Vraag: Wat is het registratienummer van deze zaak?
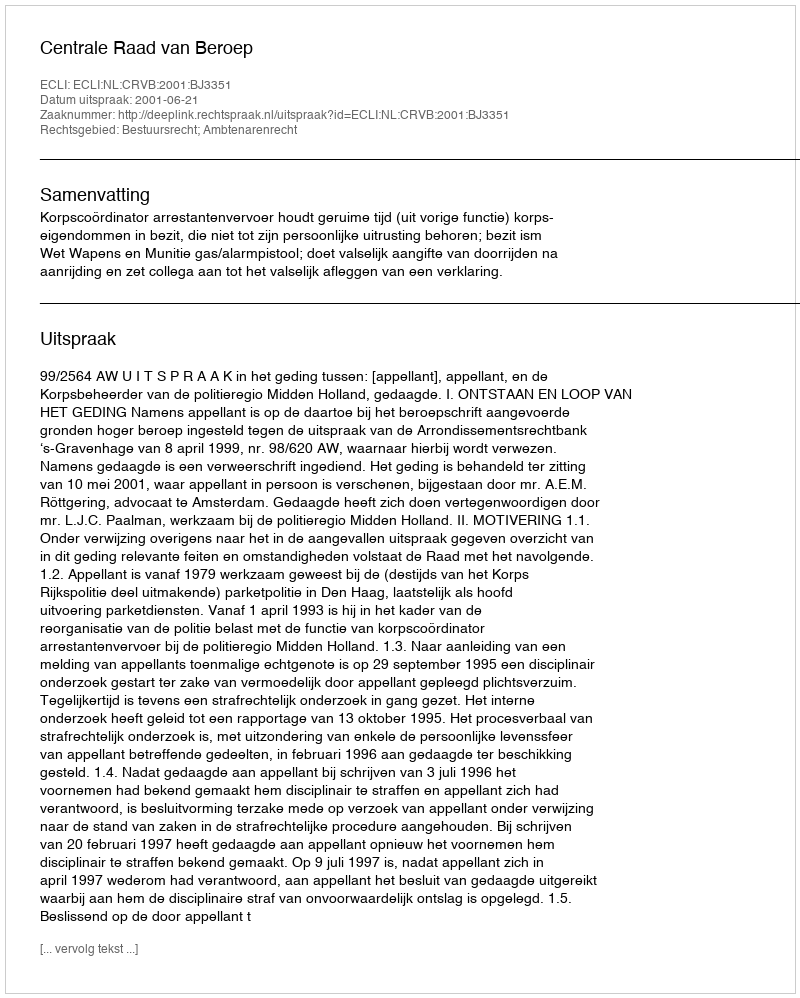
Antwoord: http://deeplink.rechtspraak.nl/uitspraak?id=ECLI:NL:CRVB:2001:BJ3351